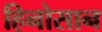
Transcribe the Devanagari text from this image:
हिनोसान